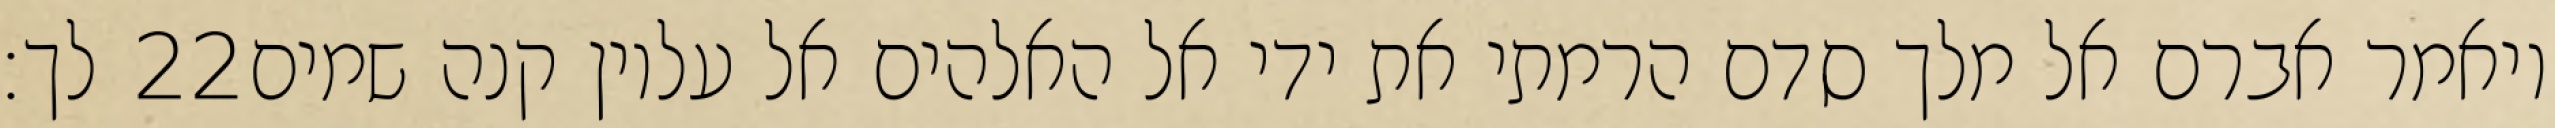
לך׃ ‎22‏ ויאמר אברם אל מלך סדם הרמתי את ידי אל האלהים אל עליון קנה שמים